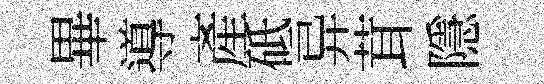
畢導產砥异茸隱